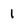
Character: 1